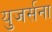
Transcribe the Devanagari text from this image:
युजर्सना